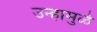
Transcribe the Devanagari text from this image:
उन्हामुळे